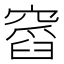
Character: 𥧹